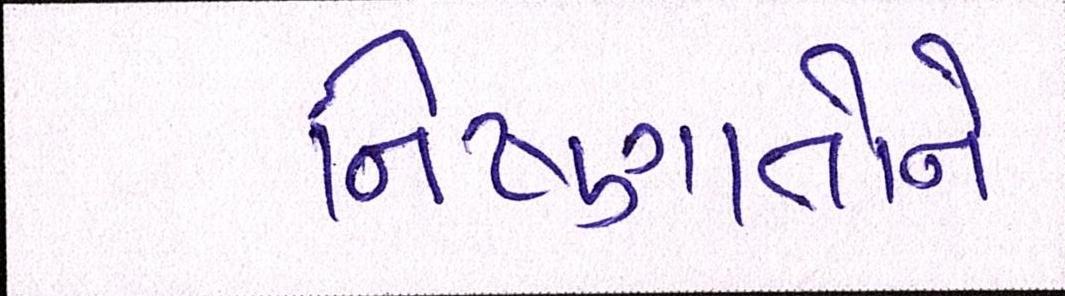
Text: નિષ્ણાતોને